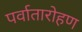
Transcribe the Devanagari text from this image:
पर्वातारोहण